Civil Veterinary Department Bihar reports 1940-50 - 1940-1950
Year: 1940
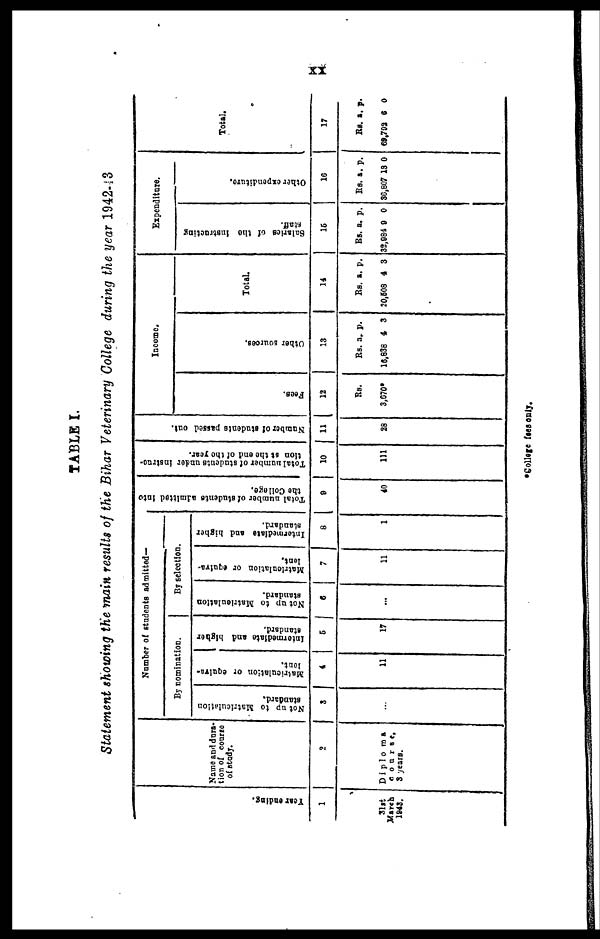
xx
TABLE I.
Statement showing the main results of the Bihar Veterinary College during the year 1942-43
Year ending.
1
31st
March
1943.
Name and dura-
tion of course
of study.
2
Diploma
course,
3 years.
Number of students admitted-
By nomination.
Not up to Matriculation
standard.
3
...
Matriculation or equiva-
4
11
Intermediate and higher
standard.
5
17
By selection.
Not up to Matriculation
standard.
6
...
Matriculation
or equiva-
lent.
7
11
Intermediate and higher
standard.
8
1
Total number of students admitted into
the College.
9
40
Total number of students under instruc-
tion at the end of the year.
10
111
Number of students passed out.
11
28
Income.
Fees.
12
Rs.
3,670*
Other sources.
13
Rs.
16,838
a.
4
p.
3
Total.
14
Rs.
20,508
a.
4
p.
3
Expenditure.
Salaries of the instructing
staff.
15
Rs.
32,984
a.
9
p.
0
Other expenditure.
16
Rs.
36,807
a.
13
p.
0
Total.
17
Rs.
69,792
a.
6
p.
0
*College fees only.